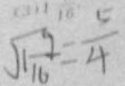
\sqrt { 1 \frac { 9 } { 1 6 } } = \frac { 5 } { 4 }